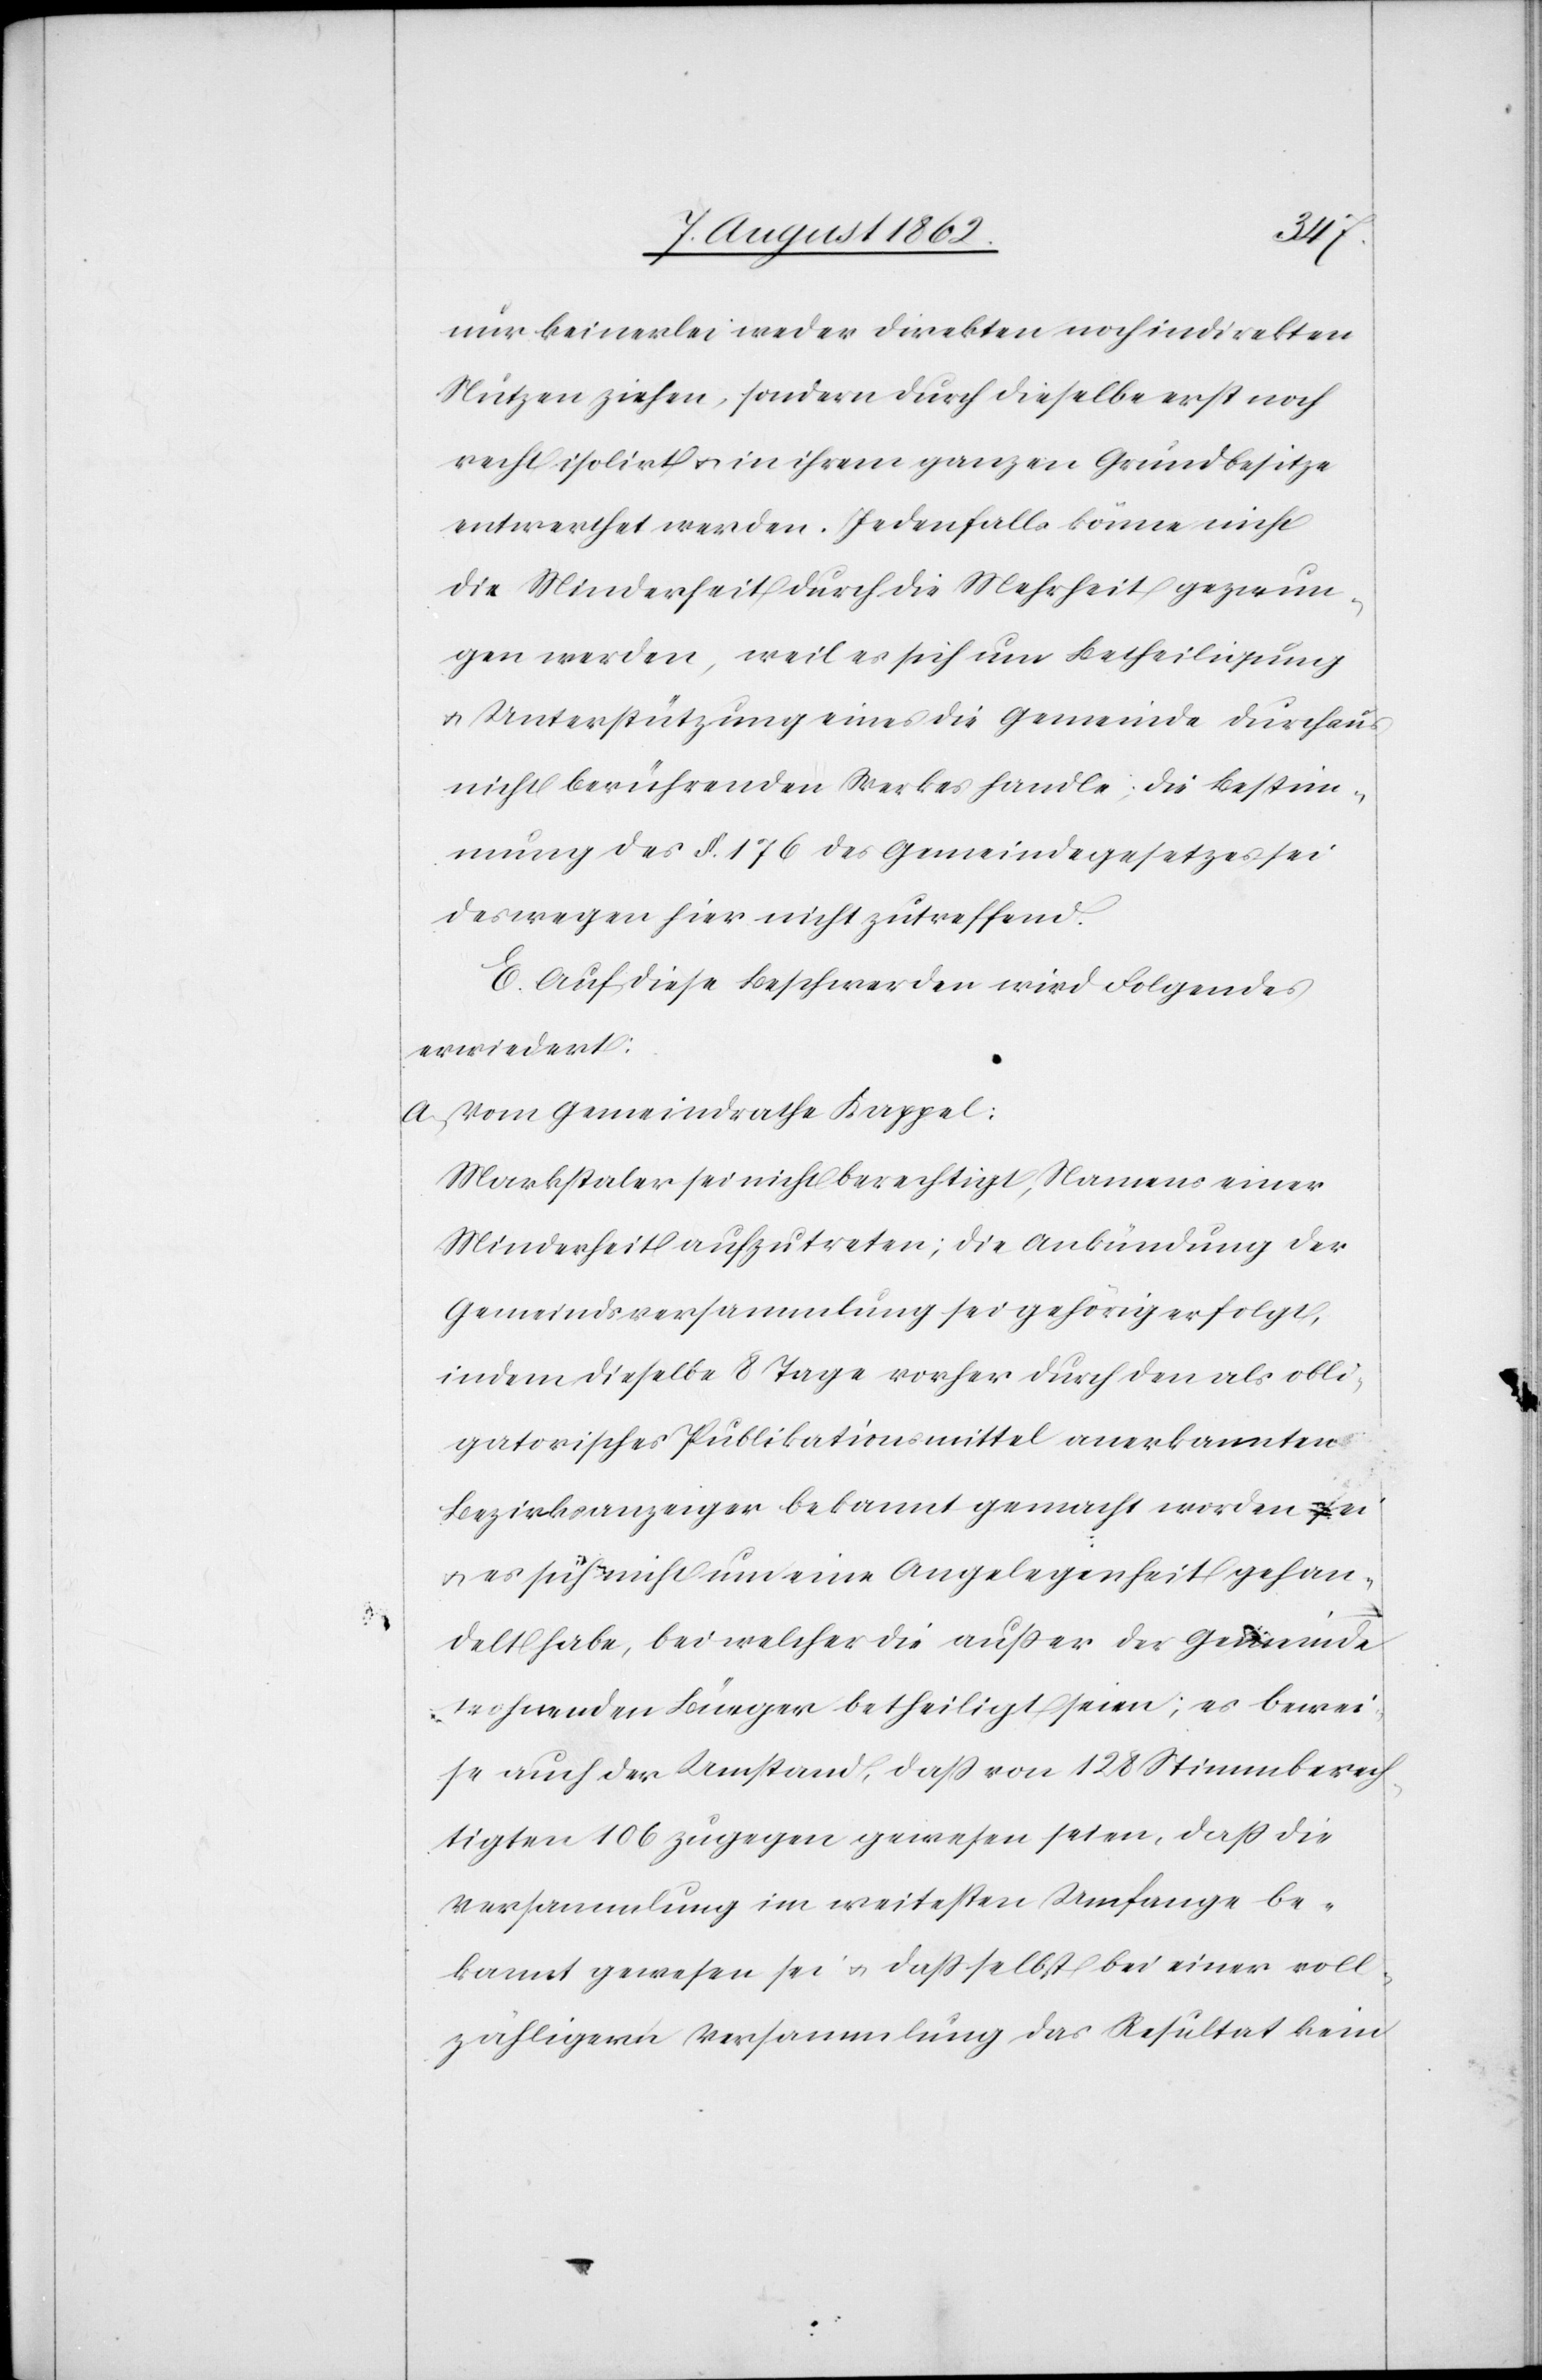
nur keinerlei weder direkten noch indirekten
Nutzen ziehen, sondern durch dieselbe erst noch
recht isolirt u. in ihrem ganzen Grundbesitze
entwerthet werden. Jedenfalls könne nicht
die Minderheit durch die Mehrheit gezwun¬
gen werden, weil es sich um Betheiligung
u. Unterstützung eines die Gemeinde durchaus
nicht berührenden Werkes handle; die Bestim¬
mung des §. 176 des Gemeindegesetzes sei
deswegen hier nicht zutreffend.
E. Auf diese Beschwerden wird Folgendes
erwiedert:
a. Vom Gemeindrathe Kappel:
Markstaler sei nicht berechtigt, Namens einer
Minderheit aufzutreten; die Ankündung der
Gemeindsversammlung sei gehörig erfolgt,
indem dieselbe 8 Tage vorher durch den als obli¬
gatorisches Publikationsmittel anerkannten
Bezirksanzeiger bekannt gemacht worden sei
u. es sich nicht um eine Angelegenheit gehan¬
delt habe, bei welcher die außer der Gemeinde
wohnenden Bürger betheiligt seien; es bewei¬
se auch der Umstand, daß von 128 Stimmberech¬
tigten 106 zugegen gewesen seien, daß die
Versammlung im weitesten Umfange be¬
kannt gewesen sei u. daß selbst bei einer voll¬
zähligeren Versammlung das Resultat kein